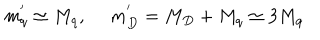
m _ { q } ^ { ' } \simeq M _ { q } , ~ ~ m _ { D } ^ { ' } = M _ { D } + M _ { q } \simeq 3 M _ { q }